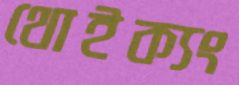
থোইক্যং